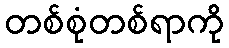
တစ်စုံတစ်ရာကို